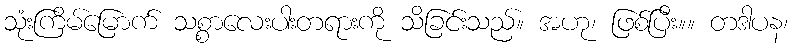
သုံးကြိမ်မြောက် သစ္စာလေးပါးတရားကို သိခြင်းသည်။ အဟု၊ ဖြစ်ပြီး။။ တဒါပန၊